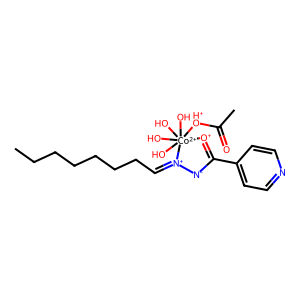
SMILES: CCCCCCCC=[N+]1[N-]C(c2ccncc2)=[O+][Co+2]1(O)(O)(O)(O)[OH+]C(C)=O
Inhibits HIV replication: No